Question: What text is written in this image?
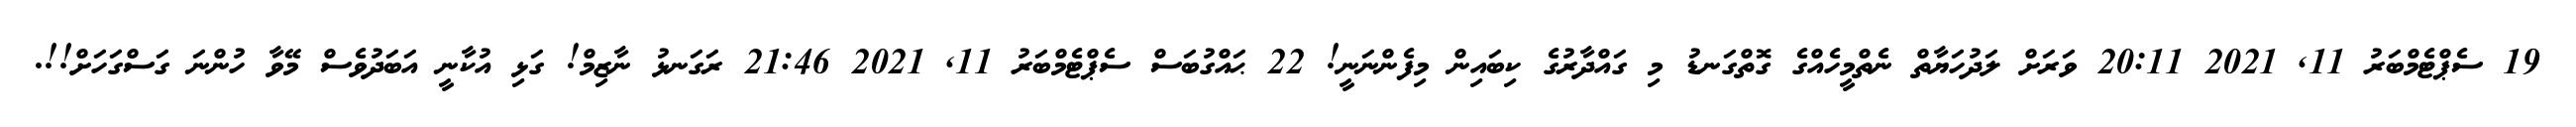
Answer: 19 ސެޕްޓެމްބަރު 11, 2021 20:11 ވަރަށް ލަދުހަޔާތް ނެތްމީހެއްގެ ގޮތްގަނޑު މި ގައްދާރުގެ ކިބައިން މިފެންނަނީ! 22 ޙައްގުބަސް ސެޕްޓެމްބަރު 11, 2021 21:46 ރަގަނޅު ނާޒިމް! ގަޅި އުކާނީ އަބަދުވެސް މޭވާ ހުންނަ ގަސްގަހަށް!!.